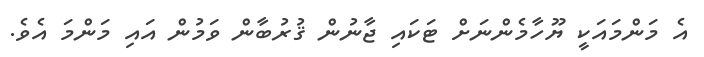
އެ މަންމައަކީ ޔޫހާމެންނަށް ޓަކައި ޖާނުން ޤުރުބާން ވަމުން އައި މަންމަ އެވެ.